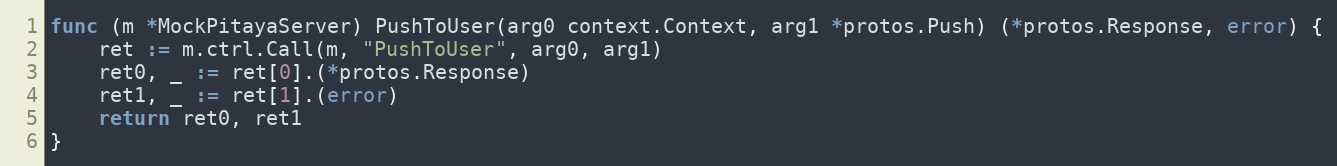
Language: Go
func (m *MockPitayaServer) PushToUser(arg0 context.Context, arg1 *protos.Push) (*protos.Response, error) {
	ret := m.ctrl.Call(m, "PushToUser", arg0, arg1)
	ret0, _ := ret[0].(*protos.Response)
	ret1, _ := ret[1].(error)
	return ret0, ret1
}